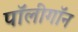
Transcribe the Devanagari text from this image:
पॉलीगॉन